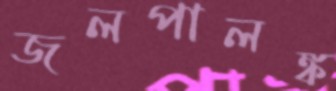
জলপালঙ্ক